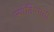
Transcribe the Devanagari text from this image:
ज्योतिषमती